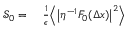
\begin{array} { r l } { \mathcal { S } _ { 0 } = } & { { } ~ \frac { 1 } { \epsilon } \Big \langle \big \vert \eta ^ { - 1 } F _ { 0 } ( \Delta { x } ) \big \vert ^ { 2 } \Big \rangle } \end{array}